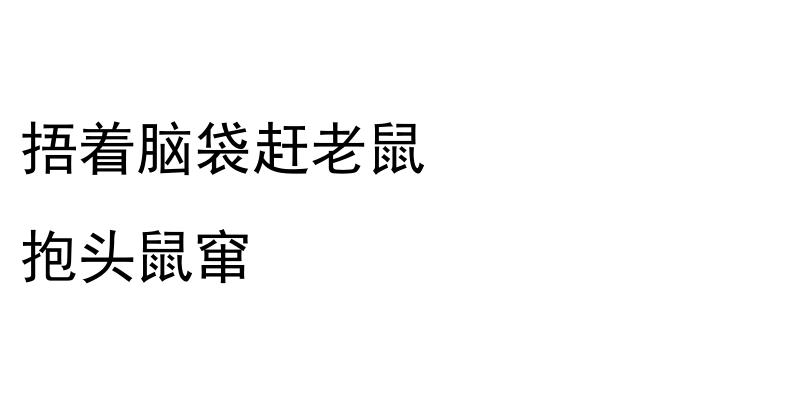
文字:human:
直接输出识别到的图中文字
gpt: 捂着脑袋赶老鼠 抱头鼠窜